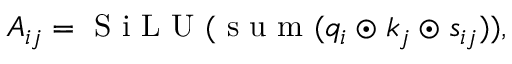
A _ { i j } = \mathrm { ~ S ~ i ~ L ~ U ~ } ( \mathrm { ~ s ~ u ~ m ~ } ( q _ { i } \odot k _ { j } \odot s _ { i j } ) ) ,